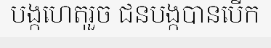
បង្កហេតុរួច ជនបង្កបានបើក